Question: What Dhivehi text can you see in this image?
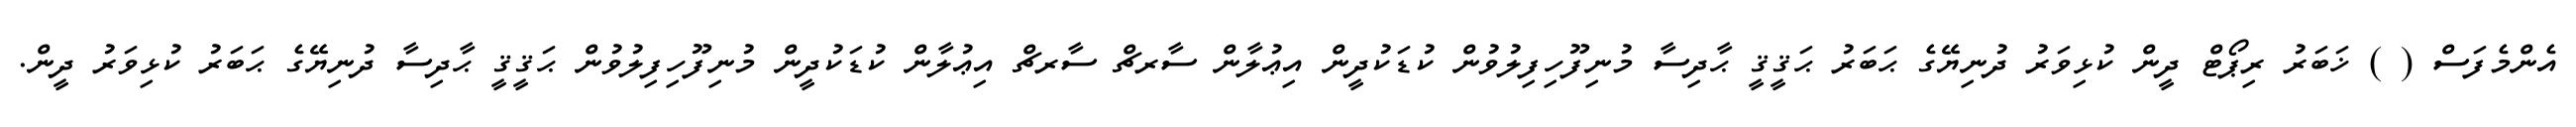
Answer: އެންމެފަސް ( ) ޚަބަރު ރިޕޯޓް ދީން ކުޅިވަރު ދުނިޔޭގެ ޙަބަރު ޙަޤީޤީ ޙާދިސާ މުނިފޫހިފިލުވުން ކުޑަކުދީން އިޢުލާން ސާރޗް ސާރޗް އިޢުލާން ކުޑަކުދީން މުނިފޫހިފިލުވުން ޙަޤީޤީ ޙާދިސާ ދުނިޔޭގެ ޙަބަރު ކުޅިވަރު ދީން.